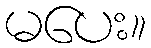
မပေး။